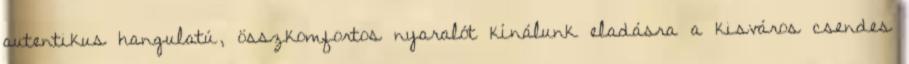
autentikus hangulatú, összkomfortos nyaralót kínálunk eladásra a kisváros csendes